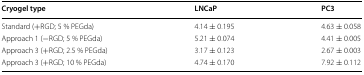
<table><thead><tr><td><b>Cryogel type</b></td><td><b>LNCaP</b></td><td><b>PC3</b></td></tr></thead><tbody><tr><td>Standard (+RGD; 5 % PEGda)</td><td>4.14 ± 0.195</td><td>4.63 ± 0.058</td></tr><tr><td>Approach 1 (−RGD; 5 % PEGda)</td><td>5.21 ± 0.074</td><td>4.41 ± 0.005</td></tr><tr><td>Approach 3 (+RGD; 2.5 % PEGda)</td><td>3.17 ± 0.123</td><td>2.67 ± 0.003</td></tr><tr><td>Approach 3 (+RGD; 10 % PEGda)</td><td>4.74 ± 0.170</td><td>7.92 ± 0.112</td></tr></tbody></table>